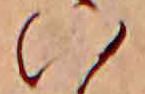
い